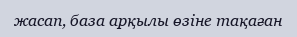
жасап, база арқылы өзіне тақаған